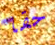
حقا